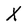
Character: X